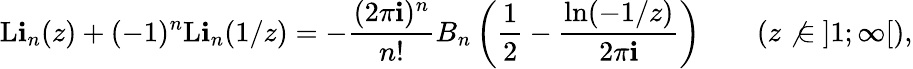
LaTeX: \operatorname{L\mathbf{i}}_{n}(z)+(-1)^{n}\operatorname{L\mathbf{i}}_{n}(1/z)=-{\frac{{(2\pi\mathbf{i})^{n}}}{{n!}}}B_{n}\left({\frac{{1}}{{2}}}-{\frac{{\ln(-1/z)}}{{2\pi\mathbf{i}}}}\right)\qquad(z\not{\in}~]1;\infty[),